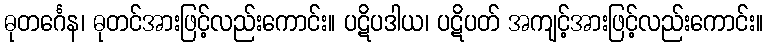
ဓုတင်္ဂေန၊ ဓုတင်အားဖြင့်လည်းကောင်း။ ပဋိပဒါယ၊ ပဋိပတ် အကျင့်အားဖြင့်လည်းကောင်း။